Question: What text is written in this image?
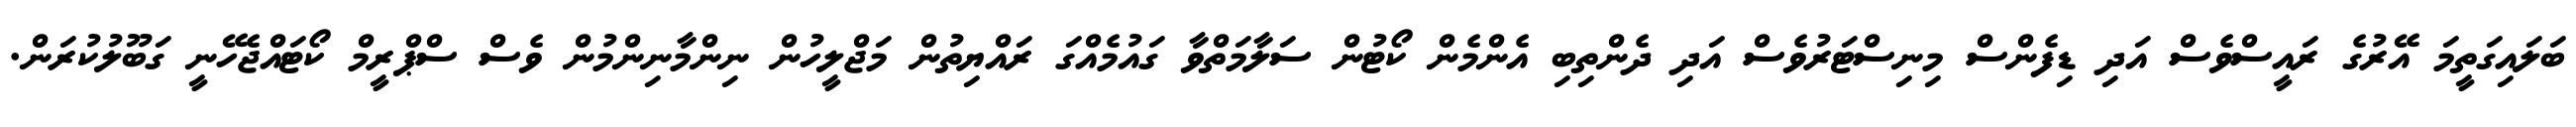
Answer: ބަލައިގަތީމަ އޭރުގެ ރައީސްވެސް އަދި ޑިފެންސް މިނިސްޓަރުވެސް އަދި ދެންތިބި އެންމެން ކޯޓުން ސަލާމަތްވާ ގައުމެއްގަ ރައްޔިތުން މަޖްލީހުން ނިންމާނިންމުން ވެސް ސްޕްރީމް ކޯޓައްޖެހޭނީ ގަބޫލުކުރަން.